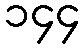
၁၄၄